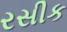
રસીક